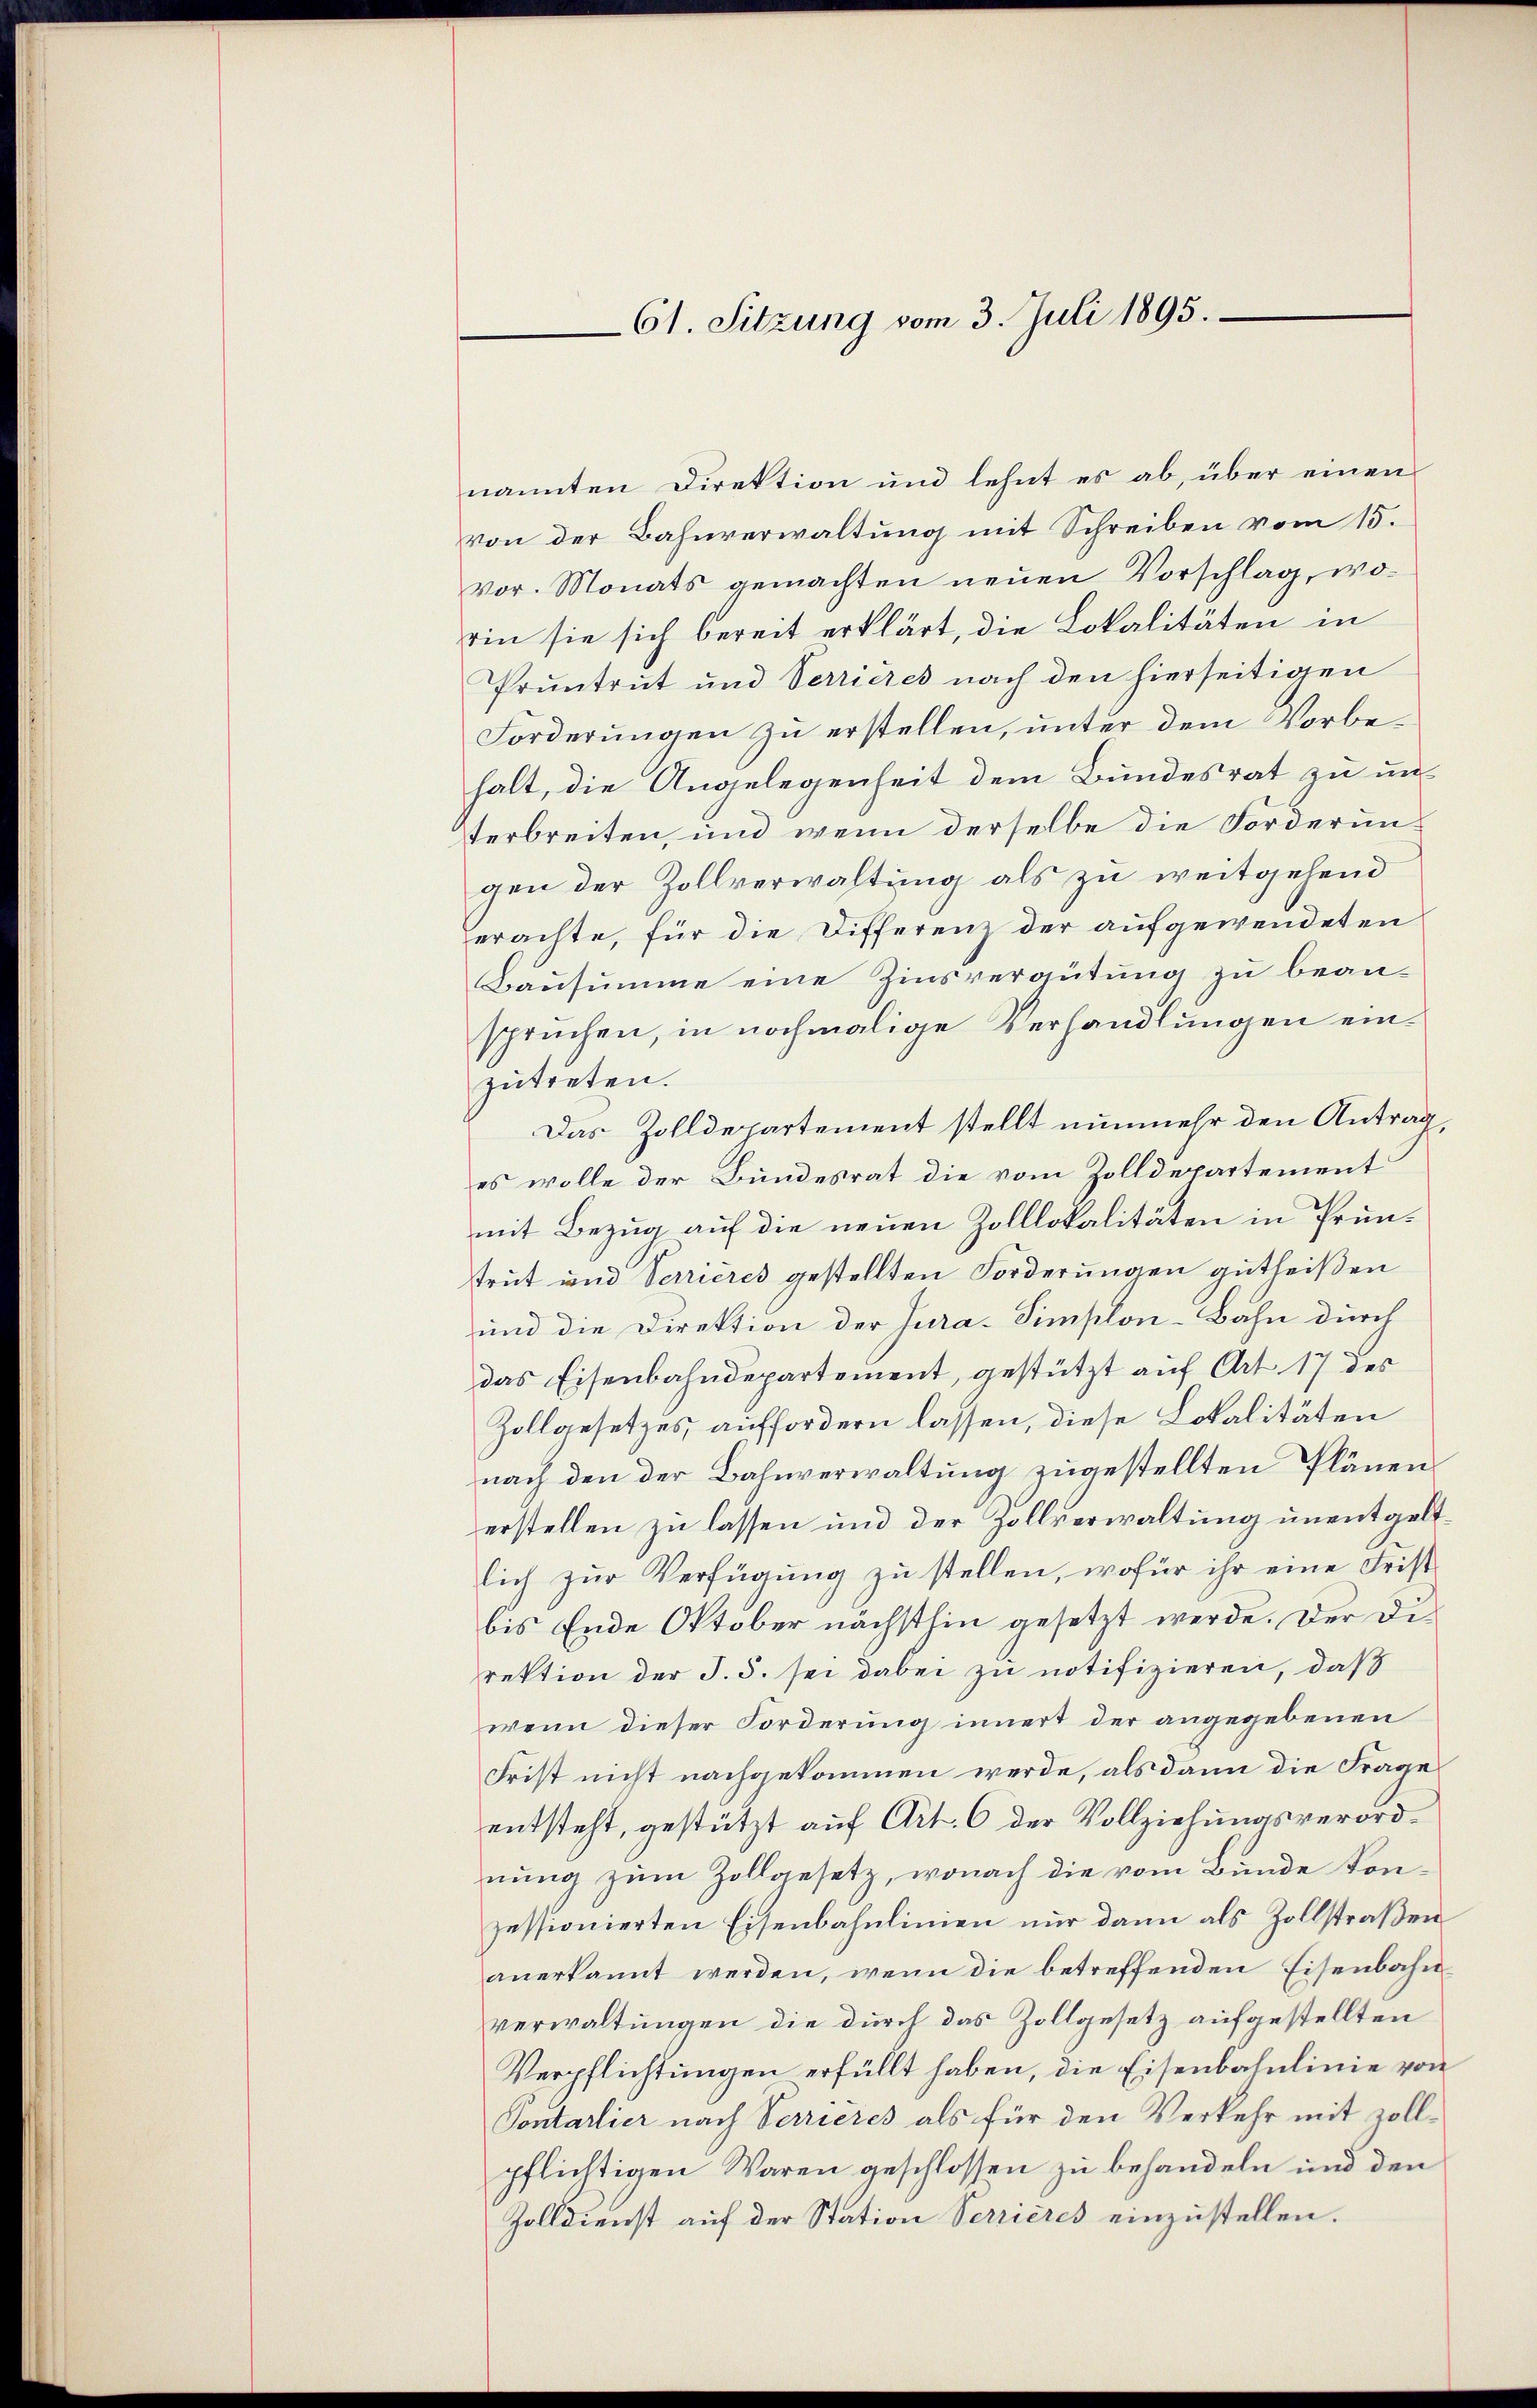
61. Sitzung vom 3. Juli 1895.

nannten Direktion und lehnt es ab, über einen
von der Bahnverwaltung mit Schreiben vom 15.
vor. Monats gemachten neuen Vorschlag, worin sie sich bereit erklärt, die Lokalitäten in
Pruntrut und Verrieres nach den hierseitigen
Forderungen zu erstellen, unter dem Vorbehalt, die Angelegenheit dem Bundesrat zu unterbreiten, und wenn derselbe die Forderungen der Zollverwaltung als zu weitgehend
erachte, für die Differenz der aufgewendeten
Bausumme eine Zinsvergütung zu beanspruchen, in nochmalige Verhandlungen einzŭtreten.
Das Zolldepartement stellt nunmehr den Antrag,
es wolle der Bundesrat die vom Zolldepartement
mit Bezug auf die neuen Zolllokalitäten in Prüntrut und Verrieres gestellten Forderungen gutheißen
und die Direktion der Jura-Simplon-Bahn durch
das Eisenbahndepartement, gestützt auf Art. 17 des
Zollgesetzes auffordern lassen, diese Lokalitäten
nach den der Bahnverwaltung zugestellten Plänenerstellen zu lassen und der Zollverwaltung unentgeltlich zur Verfügung zu stellen, wofür ihr eine Frist
bis Ende Oktober nächsthin gesetzt werde. Der Direktion der S. 5. sei dabei zu notifizieren, daß
wenn dieser Forderung innert der angegebenen
Frist nicht nachgekommen werde, als dann die Frage
entsteht, gestützt auf Art. 6 der Vollziehungsverordnung zŭm Zollgesetz, wonach die vom Bunde konzessionierten Eisenbahnlinien nur dann als Zollstraßen
anerkannt werden, wenn die betreffenden Eisenbahnverwaltungen die durch das Zollgesetz aufgestellten
Verpflichtungen erfüllt haben, die Eisenbahnlinie von
Sontarlier nach Verrieres als für den Verkehr mit Zollpflichtigen Waren geschlossen zu behandeln und den
Zolldienst auf der Station Verrieres einzustellen.